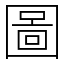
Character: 圖